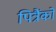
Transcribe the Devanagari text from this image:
पित्रैंको